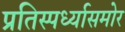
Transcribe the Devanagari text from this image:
प्रतिस्पर्ध्यासमोर